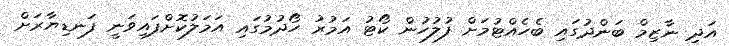
އަދި ނާޒިމް ބަންދުގައި ބެހެއްޓުމަށް ފުލުހުން ކޯޓު އަމުރު ހޯދުމުގައި އަމަލުކޮށްފައިވަނީ ފަނޑިޔާރަށް